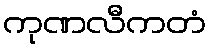
ကုဏလီကတံ